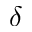
\delta